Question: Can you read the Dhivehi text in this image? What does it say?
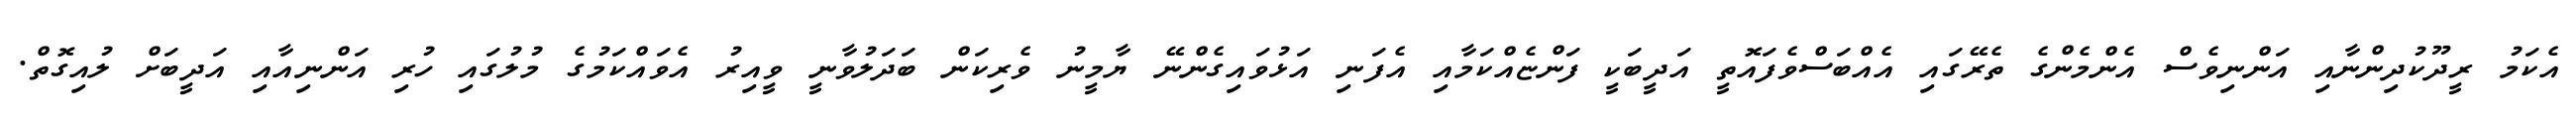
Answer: އެކަމު ރީދޫކުދިންނާއި އަންނިވެސް އެންމެންގެ ތެރޭގައި އެއްބަސްވެފައޮތީ އަދީބަކީ ފަންޏެއްކަމާއި އެފަނި އަޅުވައިގެންނޭ ޔާމީނު ވެރިކަން ބަދަލުވާނީ ވީއިރު އެވައްކަމުގެ މުލުގައި ހުރި އަންނިއާއި އަދީބަށް ލުއިގޮތް.